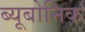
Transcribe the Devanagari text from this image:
ब्यूबोनिक